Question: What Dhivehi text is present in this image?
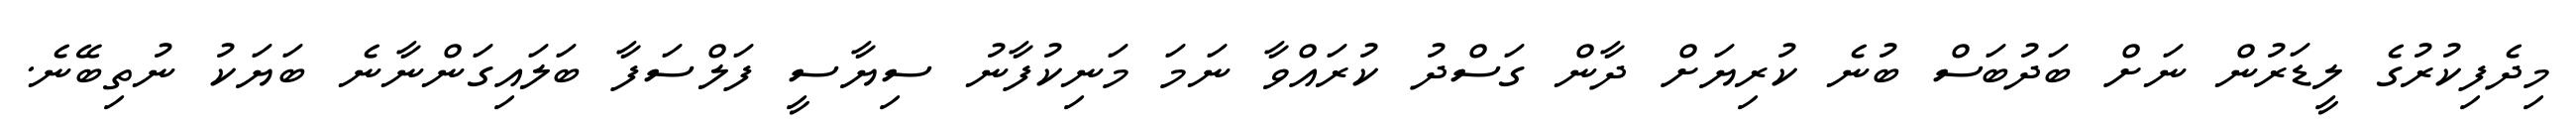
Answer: މިދެފިކުރުގެ ލީޑަރުން ނަށް ބަދުބަސް ބުނެ ކުރިޔަށް ދާން ގަސްދު ކުރައްވާ ނަމަ މަނިކުފާނު ސިޔާސީ ފަލްސަފާ ބަލައިގަންނާނެ ބަޔަކު ނުތިބޭނެ.